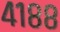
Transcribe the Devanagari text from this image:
४१८८